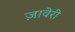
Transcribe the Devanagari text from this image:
ज़ावेरी